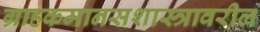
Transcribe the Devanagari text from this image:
ग्राहकमानसशास्त्रावरील